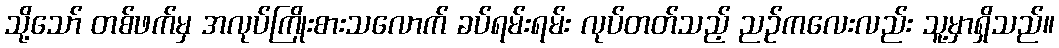
သို့သော် တစ်ဖက်မှ အလုပ်ကြိုးစားသလောက် ခပ်ရမ်းရမ်း လုပ်တတ်သည့် ညဉ်ကလေးလည်း သူ့မှာရှိသည်။